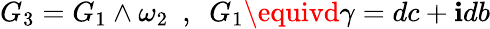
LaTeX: G_{3}=G_{1}\wedge\omega_{2}~~,~~G_{1}\equivd\gamma=dc+\mathbf{i}db